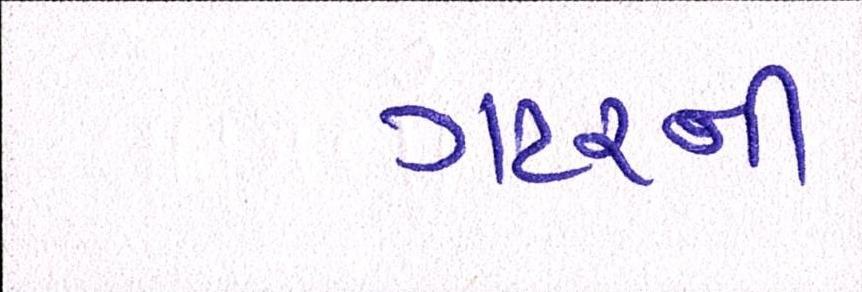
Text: ગટરની